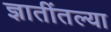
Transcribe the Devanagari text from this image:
ज्ञातींतल्या